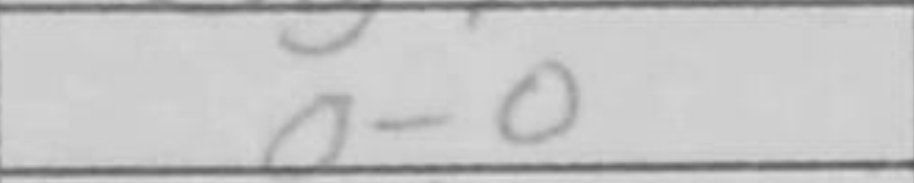
Transcription: O-O